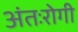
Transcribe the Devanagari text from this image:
अंतःरोगी